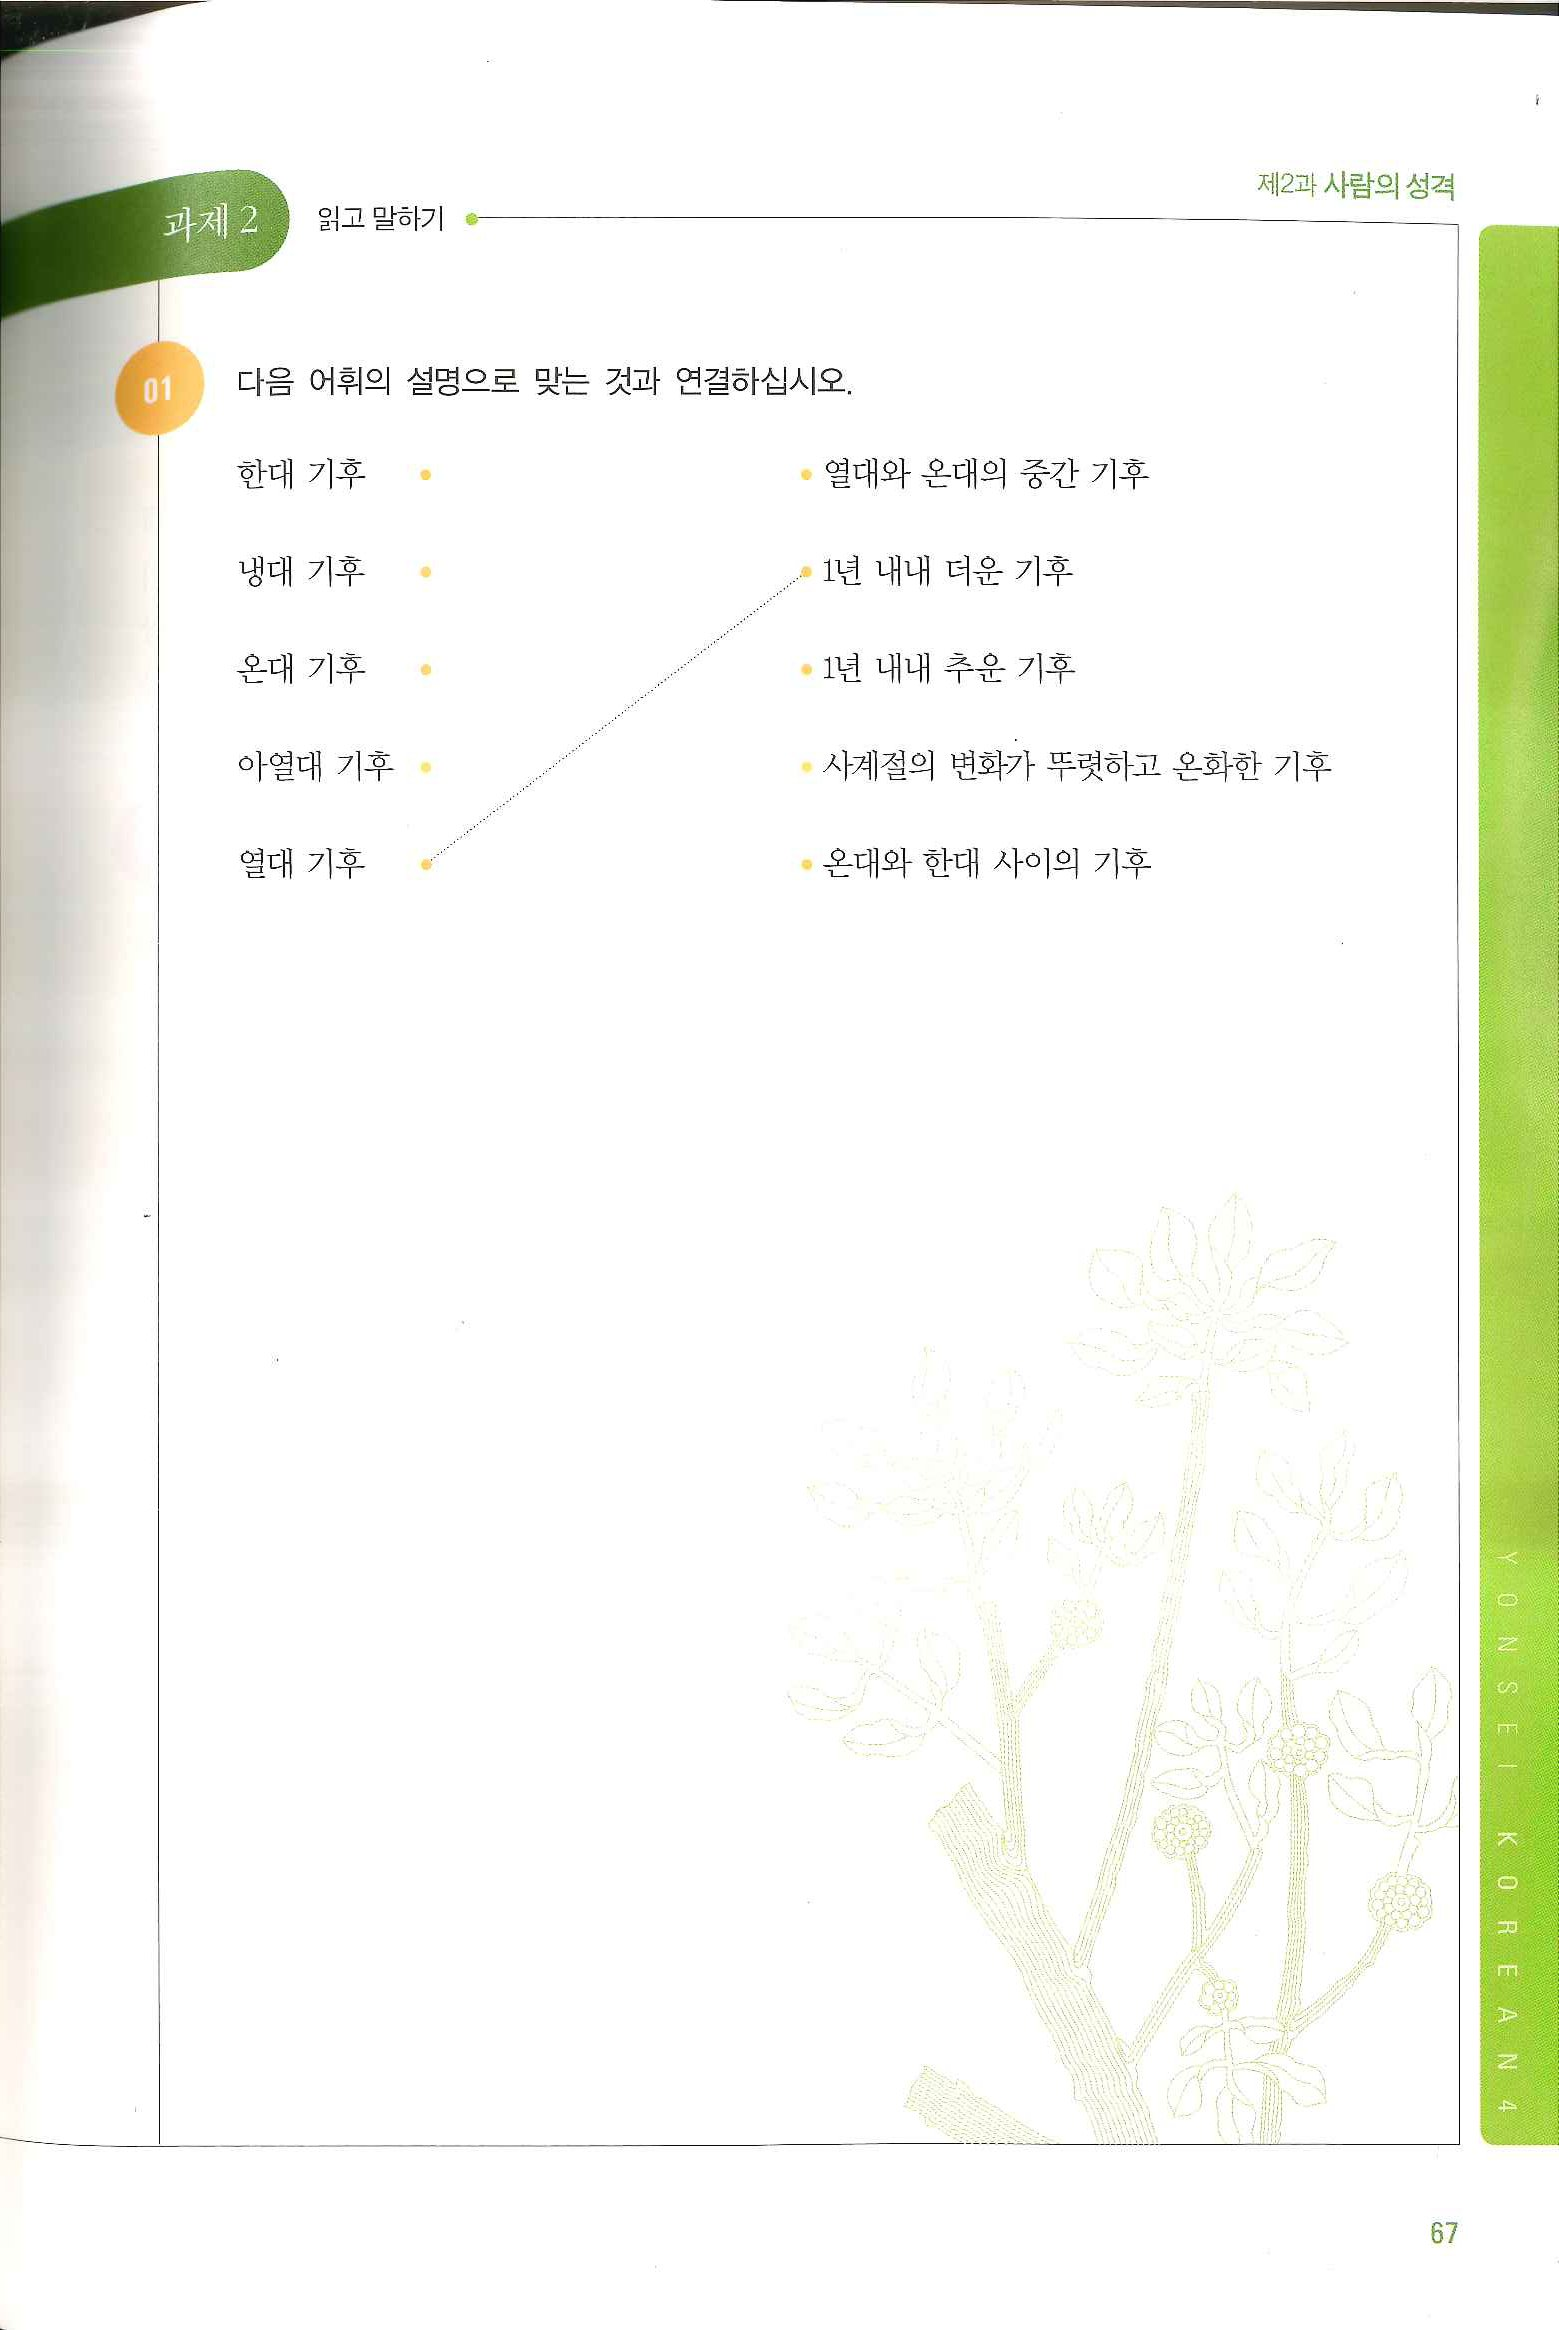
Language: ko